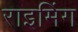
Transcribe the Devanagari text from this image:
राइमिंग